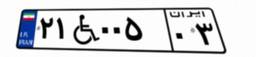
۲۱W۰۰۵۰۳